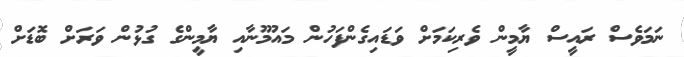
ނަމަވެސް ރައީސް ޔާމީން ވެރިކަމަށް ވަޑައިގެންފަހުން މައުމޫނާއި ޔާމީންގެ ގުޅުން ވަރަށް ބޮޑަށް